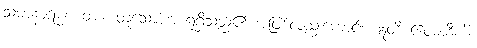
သမာနာရမ္မဏတာ၊ တူသော အာရုံရှိသည်၏ အဖြစ်လည်းကောင်း။ ဣတိ ဧဝမာဒီဟိ၊